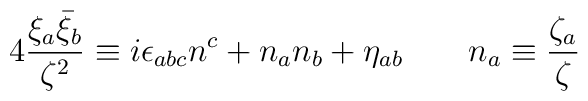
4\frac{\xi_a\bar\xi_b}{\zeta^2}\equiv i\epsilon_{abc}n^c+n_an_b+\eta_{ab}\qquad n_a\equiv\frac{\zeta_a}{\zeta}